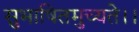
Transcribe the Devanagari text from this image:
सुभाषितमुच्यते।।